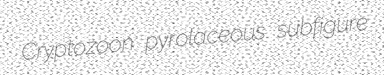
Cryptozoon pyrolaceous subfigure